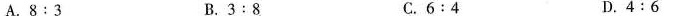
A.$$8 : 3$$ B.$$3 : 8$$ C.$$6 : 4$$ D.$$4 : 6$$